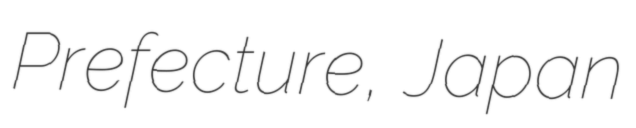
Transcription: Prefecture, Japan